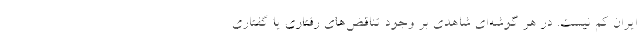
ايران كم نيست. در هر گوشه‌اي شاهدي بر وجود تناقض‌هاي رفتاري يا گفتاري